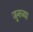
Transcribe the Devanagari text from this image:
जुनच्या